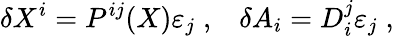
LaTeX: \delta X^{i}=P^{ij}(X)\varepsilon_{j}\; ,\; \; \; \delta A_{i}=D_{i}^{j}\varepsilon_{j}\; ,